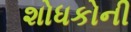
શોધકોની